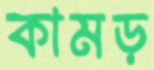
কামড়